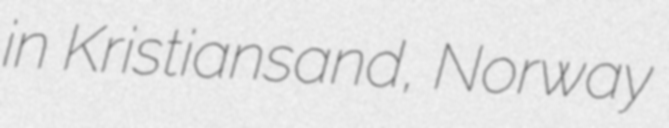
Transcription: in Kristiansand, Norway